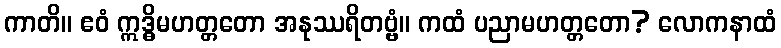
ကာတိ။ ဧဝံ ဣဒ္ဓိမဟတ္တတော အနုဿရိတဗ္ဗံ။ ကထံ ပညာမဟတ္တတော? လောကနာထံ